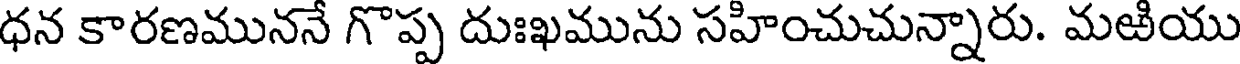
ధన కారణముననే గొప్ప దుఃఖమును సహించుచున్నారు. మఱియు